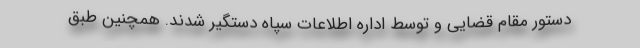
دستور مقام قضایی و توسط اداره اطلاعات سپاه دستگیر شدند. همچنین طبق